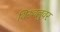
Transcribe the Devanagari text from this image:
थिरुवल्लुवर